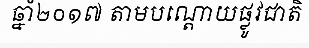
ឆ្នាំ២០១៧ តាមបណ្តោយផ្លូវជាតិ